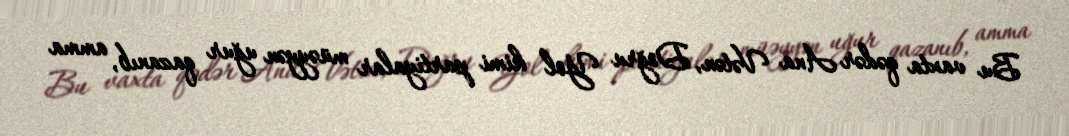
Bu vaxta qədər Ana Vətən, Doğru Yol kimi partiyalar müəyyən uğur qazanıb, amma